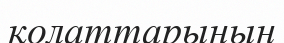
қолаттарының